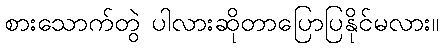
စားသောက်တွဲ ပါလားဆိုတာပြောပြနိုင်မလား။